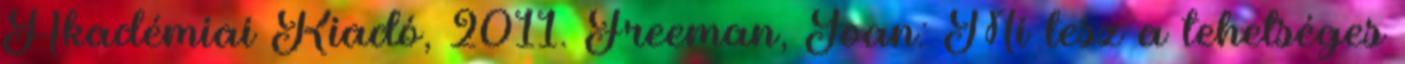
Akadémiai Kiadó, 2011. Freeman, Joan: Mi lesz a tehetséges